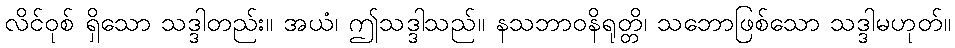
လိင်ဝုစ် ရှိသော သဒ္ဒါတည်း။ အယံ၊ ဤသဒ္ဒါသည်။ နသဘာဝနိရုတ္တိ၊ သဘောဖြစ်သော သဒ္ဒါမဟုတ်။